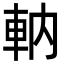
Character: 軜